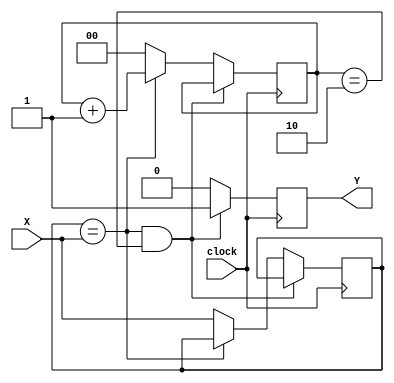
module fsm_mealy (Y, X, clock);
    input clock;
    input X;
    output Y;
    
    reg       state_master;
    reg [1:0] state_slave;
    reg       Y;
    
    always @(posedge clock) begin
        // begin state & output logic
        $display("[ML] current state(sm, ss) = %b, %b | input = %b", state_master, state_slave, X);
        if (state_master == X && state_slave == 2'b10) begin // when state and input accepted
            $display("[ML] >> Reached input = 1");
            Y = 1; // set output 1
        end
        else begin  // otherwise set output 0
            if (state_master == X)  // update slave state 
                state_slave = state_slave + 1'b1;
            else begin  // reset state
                $display("[ML] state mistmatch, update to %b", X);
                state_master = X;
                state_slave  = 0;
            end
            
            Y = 0; 
        end
    end

endmodule